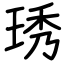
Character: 琇